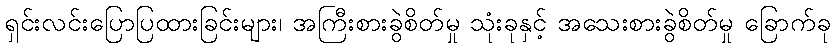
ရှင်းလင်းပြောပြထားခြင်းများ၊ အကြီးစားခွဲစိတ်မှု သုံးခုနှင့် အသေးစားခွဲစိတ်မှု ခြောက်ခု